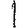
Digit: 1